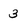
Character: 3